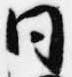
同